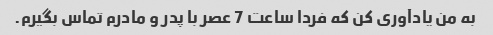
به من یادآوری کن که فردا ساعت 7 عصر با پدر و مادرم تماس بگیرم.